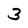
Character: 3